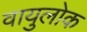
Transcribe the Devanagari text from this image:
वायुलोक